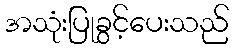
အသုံးပြုခွင့်ပေးသည်